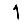
Digit: 1